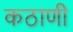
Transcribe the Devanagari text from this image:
कठाणी